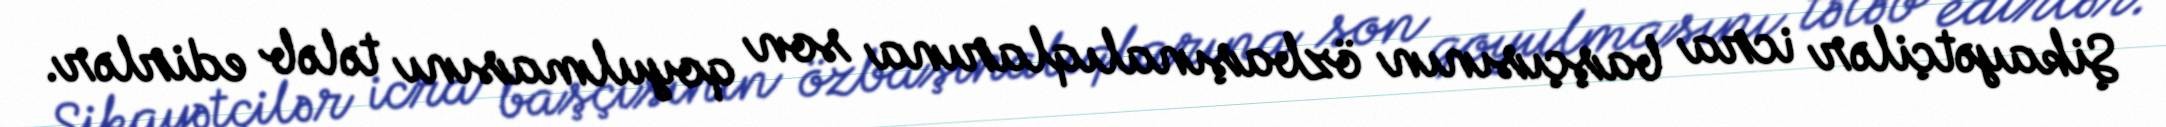
Şikayətçilər icra başçısının özbaşınalıqlarına son qoyulmasını tələb edirlər.